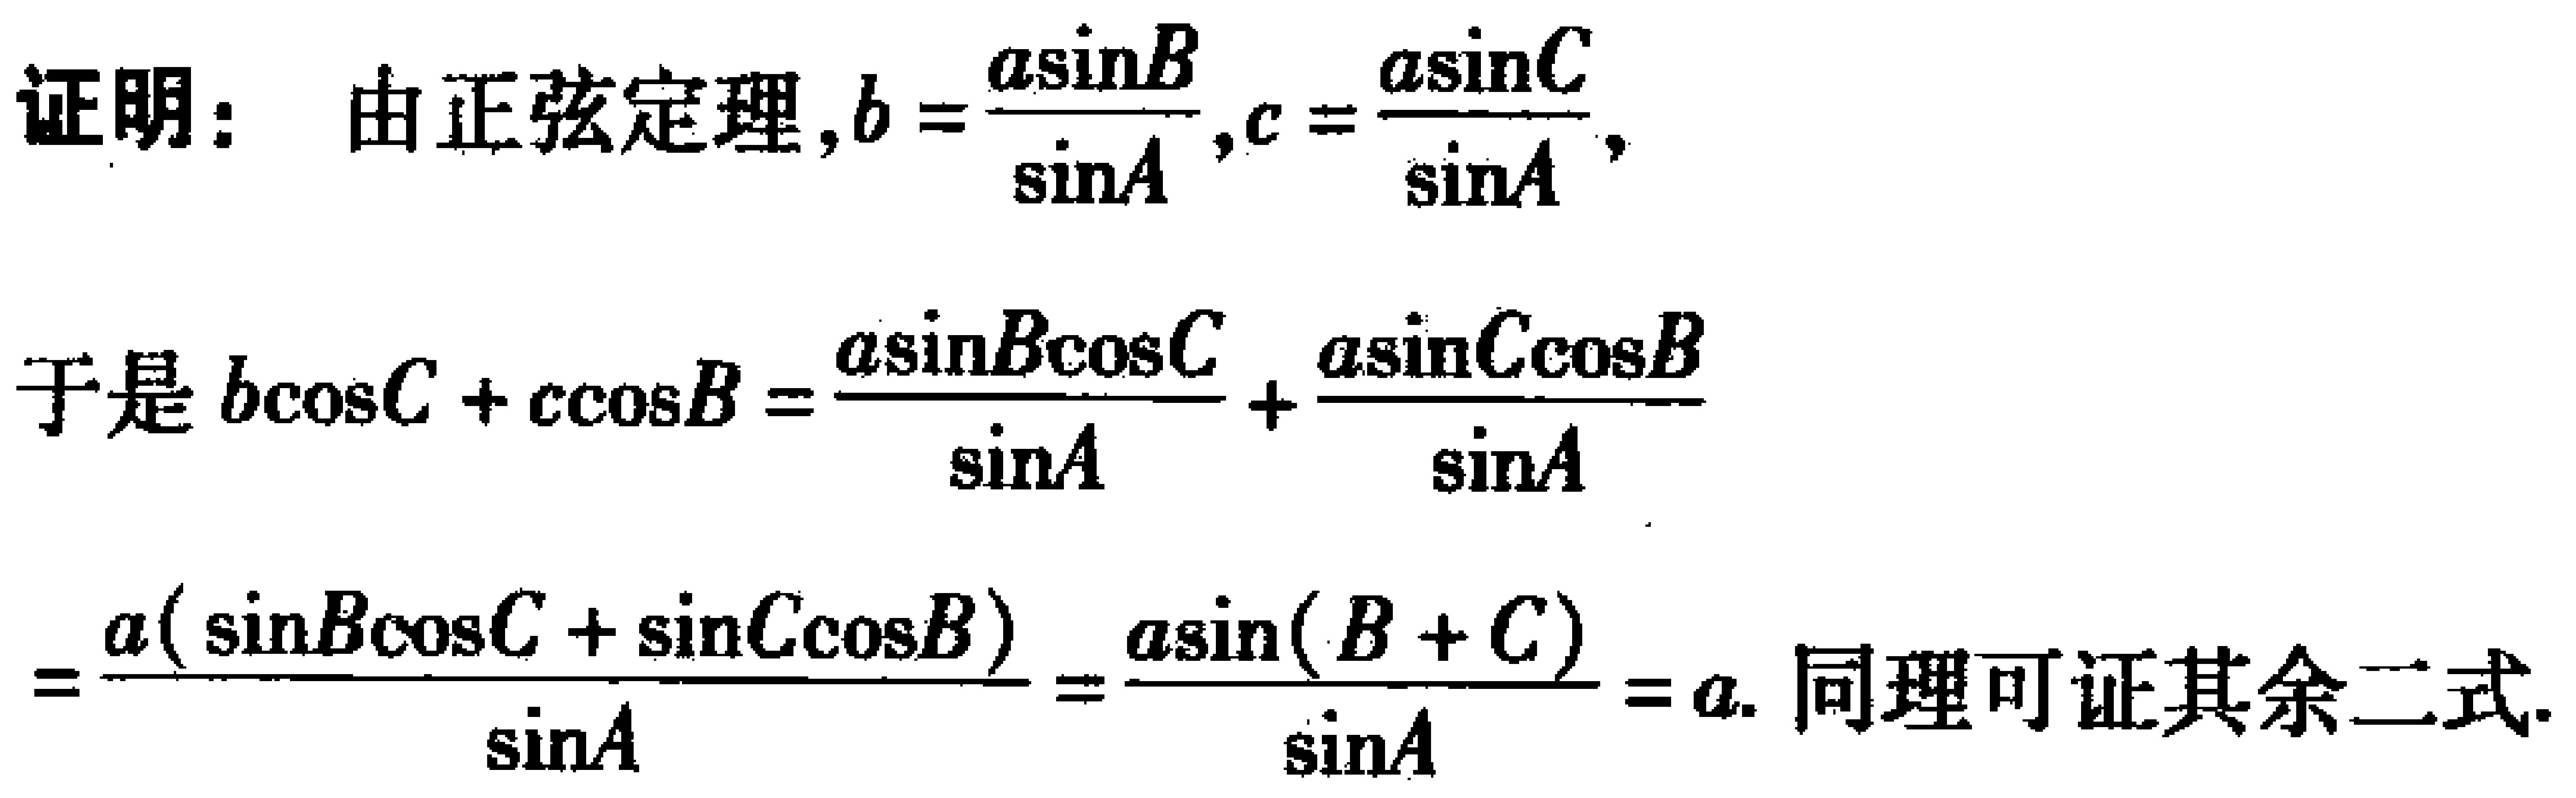
证明：由正弦定理，\(b = \frac{a\sin B}{\sin A},c = \frac{a\sin C}{\sin A}\)，
于是\(b\cos C + c\cos B = \frac{a\sin B\cos C}{\sin A} + \frac{a\sin C\cos B}{\sin A}\)
\(=\frac{a(\sin B\cos C + \sin C\cos B)}{\sin A}=\frac{a\sin(B + C)}{\sin A}=a.\) 同理可证其余二式.